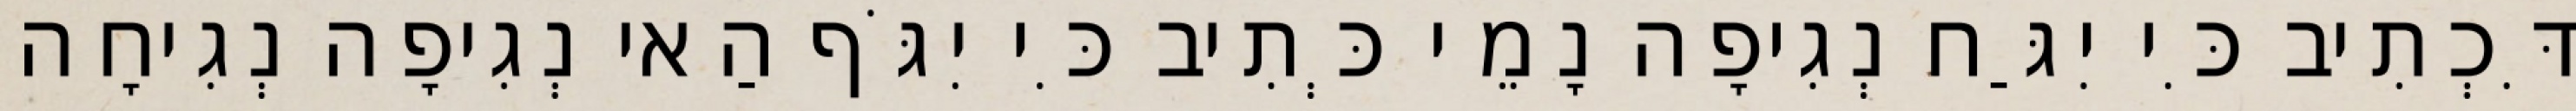
דִּכְתִיב כִּי יִגַּח נְגִיפָה נָמֵי כְּתִיב כִּי יִגֹּף הַאי נְגִיפָה נְגִיחָה